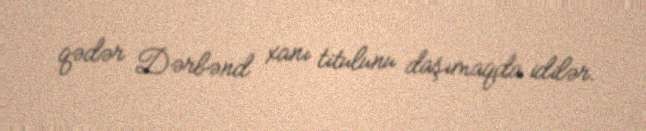
qədər Dərbənd xanı titulunu daşımaqda idilər.